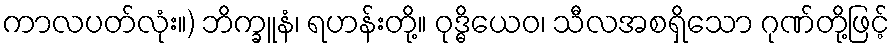
ကာလပတ်လုံး။) ဘိက္ခူနံ၊ ရဟန်းတို့။ ဝုဒ္ဓိယေဝ၊ သီလအစရှိသော ဂုဏ်တို့ဖြင့်